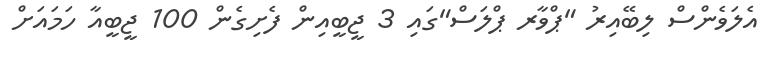
އެލަވެންސް ލިބޭއިރު "ޕްވާރ ޕްލަސް"ގައި 3 ޖީބީއިން ފެށިގެން 100 ޖީބީއާ ހަމައަށް